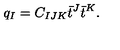
q _ { I } = C _ { I J K } \bar { t } ^ { J } \bar { t } ^ { K } .